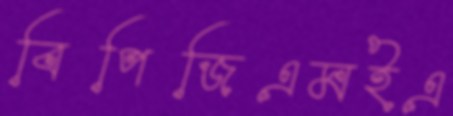
বিপিজিএমইএ